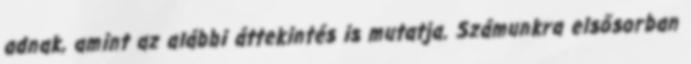
adnak, amint az alábbi áttekintés is mutatja. Számunkra elsősorban